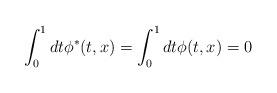
LaTeX: \begin{align*}\int_0^1dt \phi^*(t,x)= \int_0^1 dt \phi(t,x)=0 \end{align*}